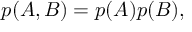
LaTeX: p ( A , B ) = p ( A ) p ( B ) ,